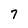
Character: 7